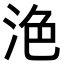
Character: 𣴊